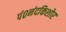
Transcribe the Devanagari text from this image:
पं०नंदकिशोर